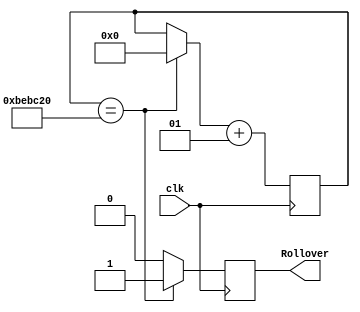
module Timer250(
input wire clk, 
output reg Rollover
);

integer count;
initial begin
   count = 0;
   Rollover = 1'b0;
end

always @ (posedge clk) begin
   Rollover = 1'b0;
   //833333
   if (count == 12500000) begin
      Rollover = 1'b1;
      count = 0;
   end

   count = count + 1;
	
end

endmodule